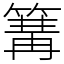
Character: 篝